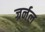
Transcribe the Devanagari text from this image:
ज्रर्नल